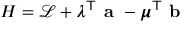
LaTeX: H = { \mathcal { L } } + { \boldsymbol { \lambda } } ^ { \mathsf { T } } { \textbf { a } } - { \boldsymbol { \mu } } ^ { \mathsf { T } } { \textbf { b } }